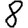
Digit: 8